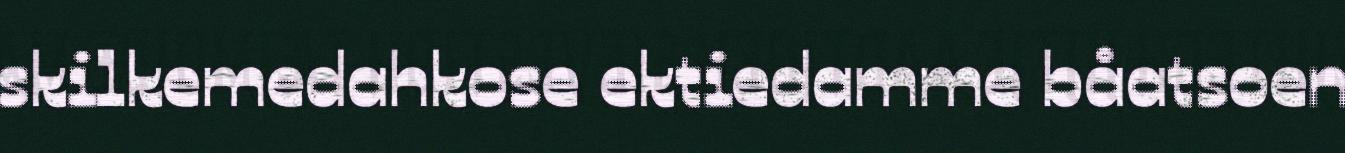
skilkemedahkose ektiedamme båatsoen